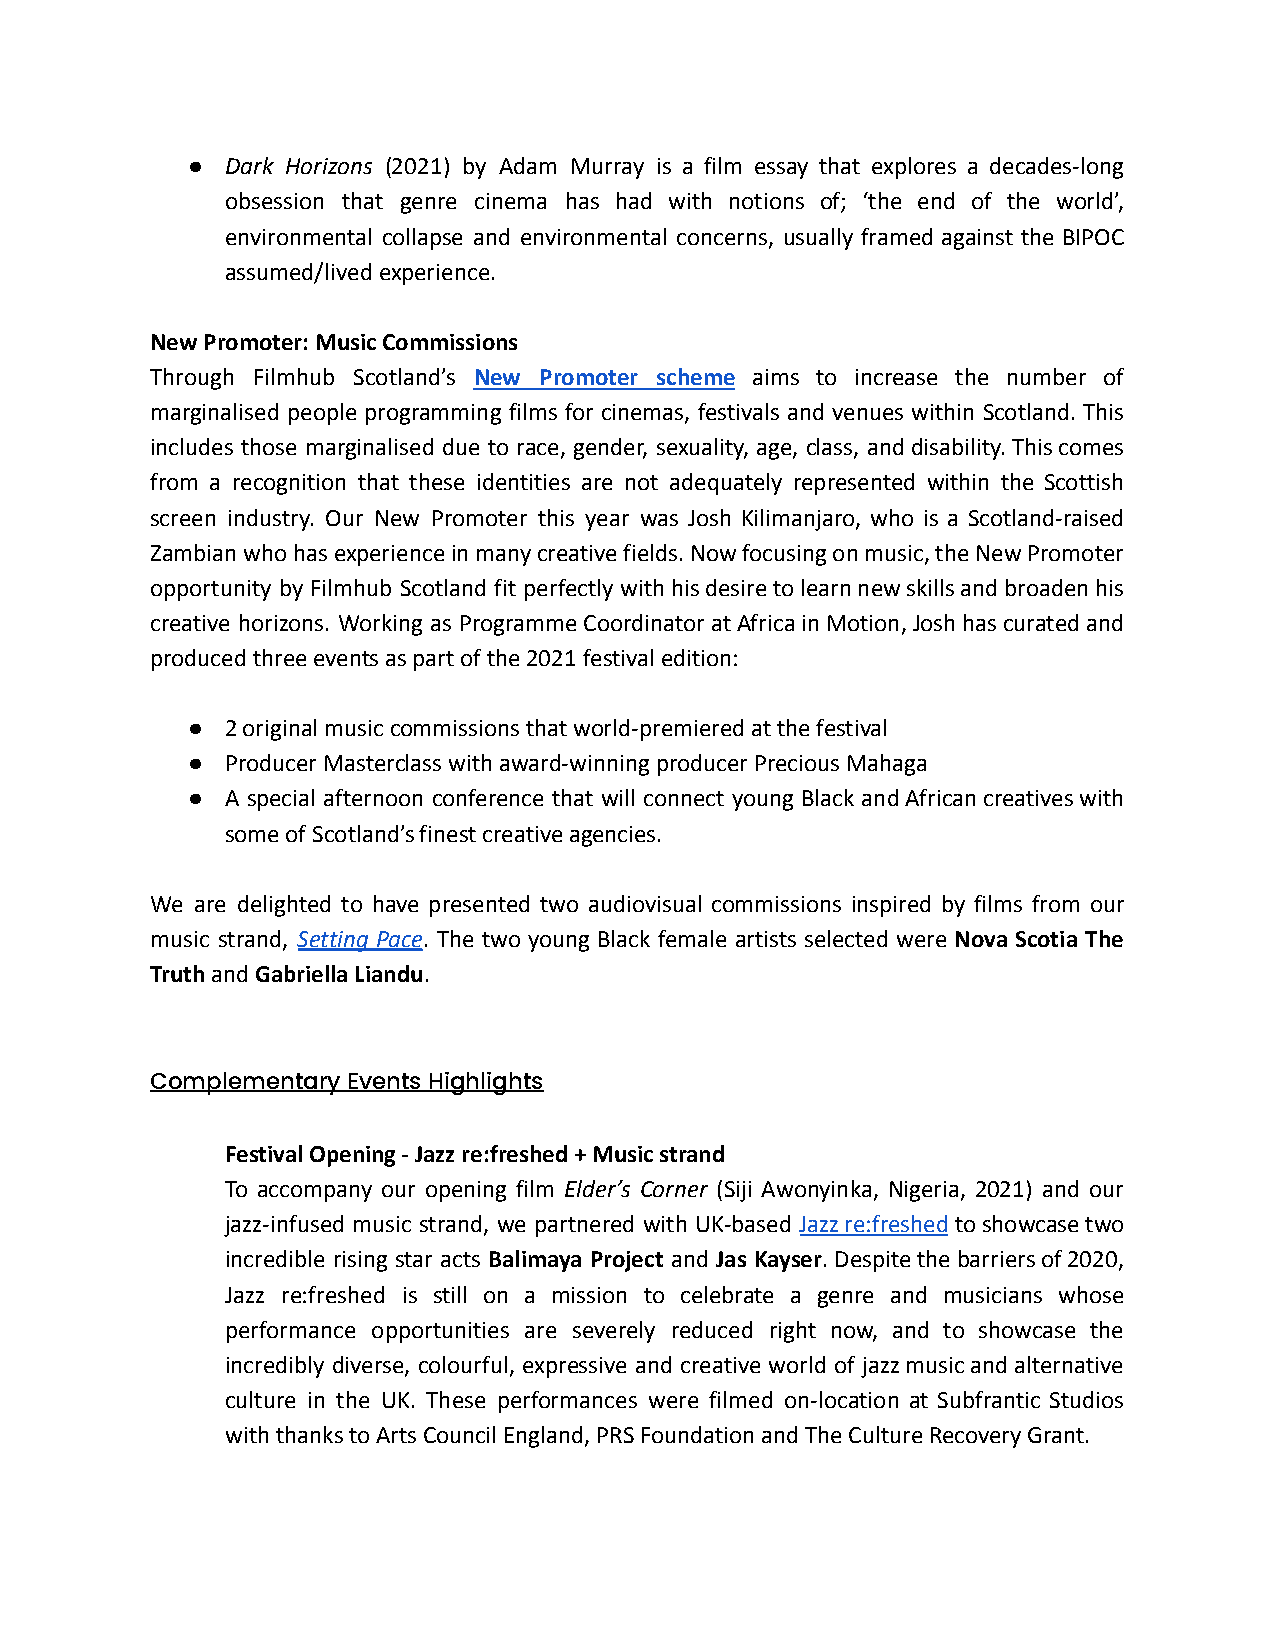
●  Dark Horizons (2021) by Adam Murray is a film essay that explores a decades-long
 obsession that genre cinema has had with notions of; ‘the end of the world’,
 environmental collapse and environmental concerns, usually framed against the BIPOC
 assumed/lived experience.
 New Promoter: Music Commissions
 Through Filmhub Scotland’s New Promoter scheme aims to increase the number of
 marginalised people programming films for cinemas, festivals and venues within Scotland. This
 includes those marginalised due to race, gender, sexuality, age, class, anddisability.Thiscomes
 from a recognition that these identities are not adequately represented within the Scottish
 screen industry. Our New Promoter this year was Josh Kilimanjaro, who is a Scotland-raised
 Zambianwhohasexperienceinmanycreativefields.Nowfocusingonmusic,theNewPromoter
 opportunity by Filmhub Scotland fit perfectly withhisdesiretolearnnewskillsandbroadenhis
 creative horizons. Working as ProgrammeCoordinatoratAfricainMotion,Joshhascuratedand
 produced three events as part of the 2021 festival edition:
 ●  2 original music commissions that world-premiered at the festival
 ●  Producer Masterclass with award-winning producer Precious Mahaga
 ●  A special afternoon conference that will connect young Black andAfricancreativeswith
 some of Scotland’s finest creative agencies.
 We are delighted to have presented two audiovisual commissions inspired by films from our
 music strand, Setting Pace. The two young Black female artists selected were Nova Scotia The
 TruthandGabriella Liandu.
 Complementary Events Highlights
 Festival Opening - Jazz re:freshed + Music strand
 To accompany our opening film Elder’s Corner (Siji Awonyinka, Nigeria, 2021) and our
 jazz-infused music strand, we partnered with UK-based Jazzre:freshedtoshowcasetwo
 incredible rising star acts Balimaya Project and Jas Kayser.Despitethebarriersof2020,
 Jazz re:freshed is still on a mission to celebrate a genre and musicians whose
 performance opportunities are severely reduced right now, and to showcase the
 incredibly diverse, colourful, expressive and creative world of jazzmusicandalternative
 culture in the UK. These performances were filmed on-location at Subfrantic Studios
 with thanks to Arts Council England, PRS Foundation and The Culture Recovery Grant.